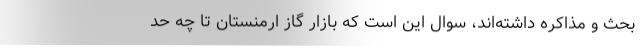
بحث و مذاکره داشته‌اند، سوال این است که بازار گاز ارمنستان تا چه حد